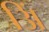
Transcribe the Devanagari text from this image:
अिं